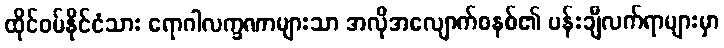
ထိုင်ဝမ်နိုင်ငံသား ရောဂါလက္ခဏာများသာ အလိုအလျောက်စနစ်၏ ပန်းချီလက်ရာများမှာ